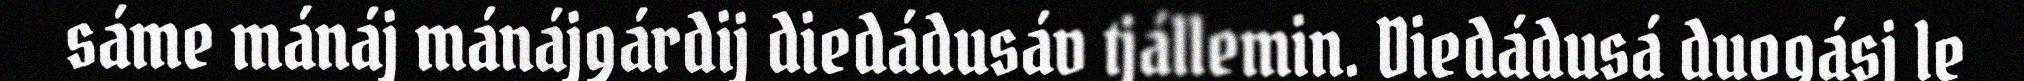
sáme mánáj mánájgárdij diedádusáv tjállemin. Diedádusá duogásj le